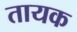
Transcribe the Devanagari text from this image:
तायक